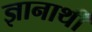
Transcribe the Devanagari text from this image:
ज्ञानार्थी